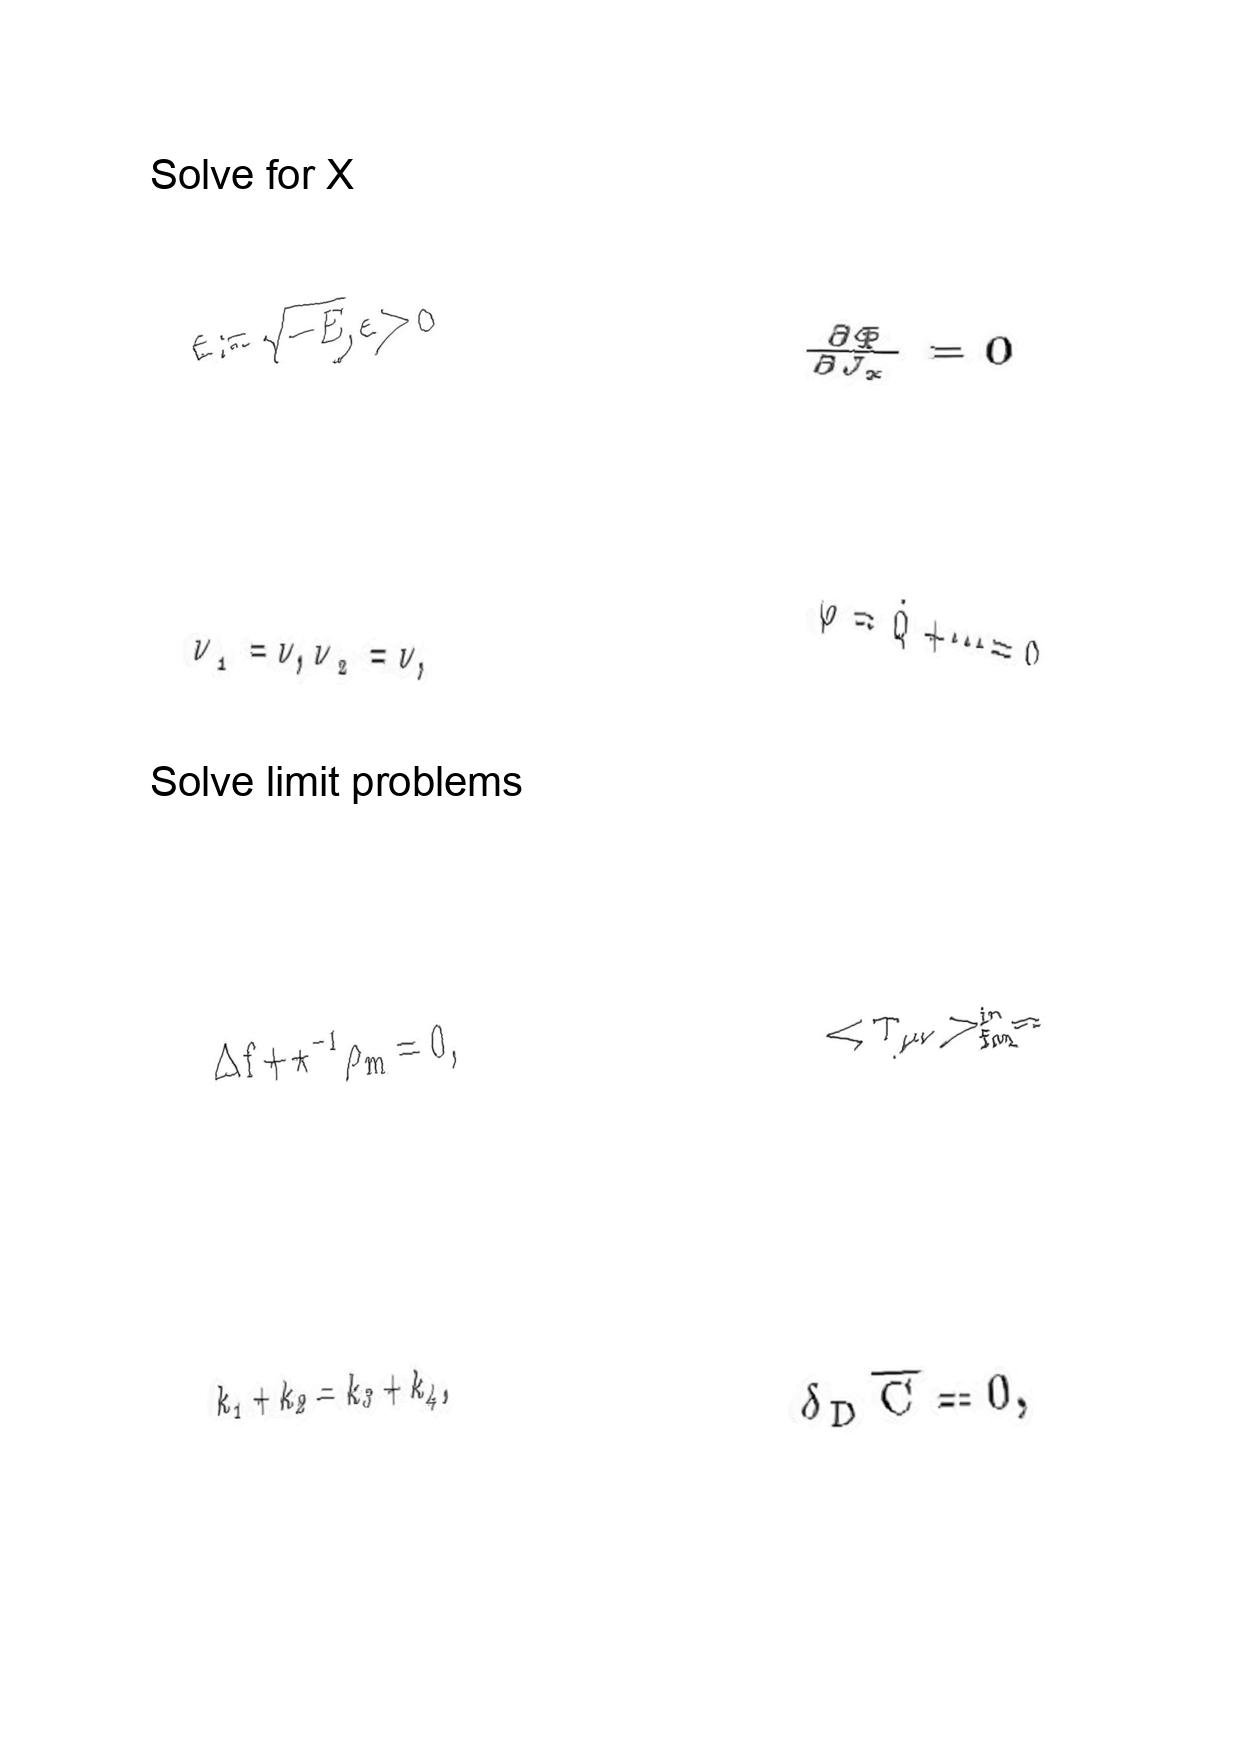
LaTeX transcription:
\epsilon : = \sqrt { - E } , \epsilon \gt 0
\nu _ { 1 } = \nu , \nu _ { 2 } = \nu ,
\Delta f + \star ^ { - 1 } \rho _ { m } = 0 ,
k _ { 1 } + k _ { 2 } = k _ { 3 } + k _ { 4 } ,
\frac { \partial \Phi } { \partial J _ { x } } = 0
\ddot { \varphi } = \dot { Q } + \@cdots = 0
\lt T _ { \mu \nu } \gt _ { f i n } ^ { i n } =
\delta _ { D } \overline { C } = 0 ,